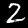
Label: 2